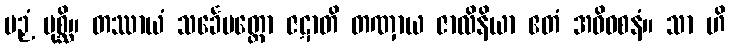
ပဉှံ ပုစ္ဆိ။ တဿာယံ သင်္ခေပတ္ထော ဇဋာတိ တဏှာယ ဇာလိနိယာ ဧတံ အဓိဝစနံ။ သာ ဟိ